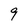
Character: 9